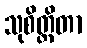
သုစိတ္တိတာ